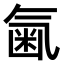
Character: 𣱥